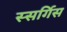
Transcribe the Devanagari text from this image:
स्सर्गिस